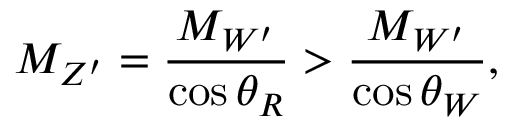
M _ { Z ^ { \prime } } = \frac { M _ { W ^ { \prime } } } { \cos \theta _ { R } } > \frac { M _ { W ^ { \prime } } } { \cos \theta _ { W } } ,